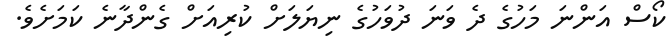
ކޯސް އަންނަ މަހުގެ ދެ ވަނަ ދުވަހުގެ ނިޔަލަށް ކުރިއަށް ގެންދާނެ ކަމަށެވެ.